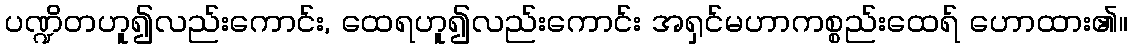
ပဏ္ဍိတဟူ၍လည်းကောင်း, ထေရဟူ၍လည်းကောင်း အရှင်မဟာကစ္စည်းထေရ် ဟောထား၏။